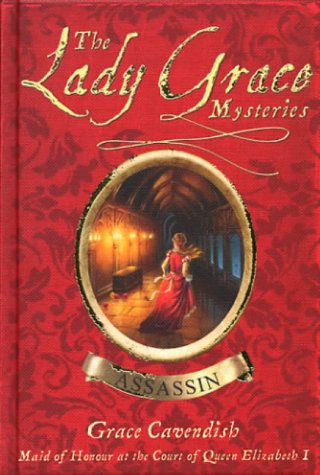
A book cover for Assassin (The Lady Grace Mysteries); Grace Cavendish; Teen & Young Adult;